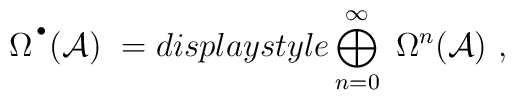
\Omega^{\,^\bullet} ({\mathcal A}) \ = \\displaystyle\bigoplus_{n=0}^\infty \ \Omega^n ({\mathcal A}) \ ,